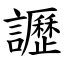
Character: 讈